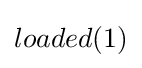
loaded(1)